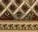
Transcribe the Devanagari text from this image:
इटज़ा